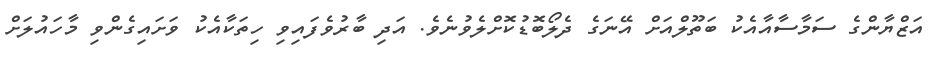
އަޒްޔާންގެ ސަމާސާއާއެކު ބަތޫލްއަށް އޭނަގެ ދެލޯބޮޑުކޮށްލެވުނެވެ. އަދި ބާރުވެފައިވި ހިތަކާއެކު ވަށައިގެންވި މާހައުލަށް